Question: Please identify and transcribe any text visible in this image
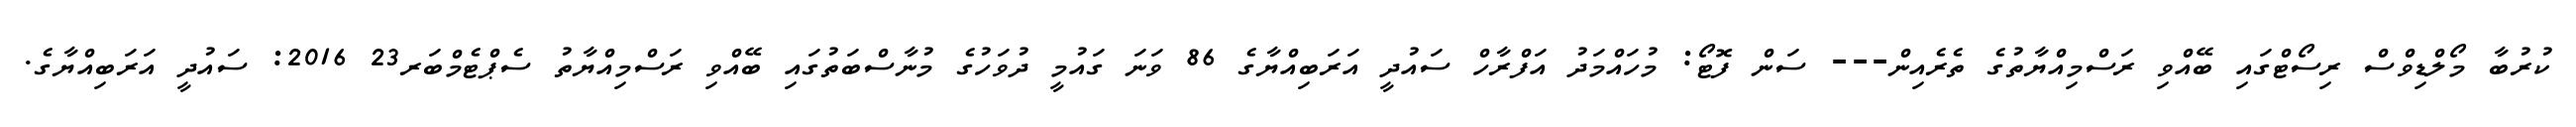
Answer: ކުރުބާ މޯލްޑިވްސް ރިސޯޓްގައި ބޭއްވި ރަސްމިއްޔާތުގެ ތެރެއިން--- ސަން ފޮޓޯ: މުހައްމަދު އަފްރާހް ސައުދީ އަރަބިއްޔާގެ 86 ވަނަ ގައުމީ ދުވަހުގެ މުނާސްބަތުގައި ބޭއްވި ރަސްމިއްޔާތު ސެޕްޓެމްބަރ23 2016: ސައުދީ އަރަބިއްޔާގެ.